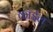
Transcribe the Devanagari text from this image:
कॉईल